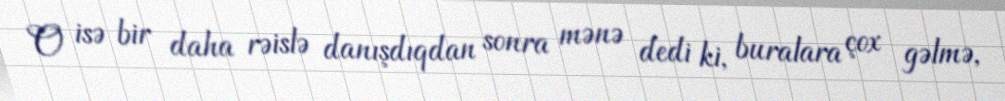
O isə bir daha rəislə danışdıqdan sonra mənə dedi ki, buralara çox gəlmə,